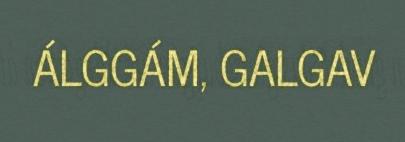
ÁLGGÁM, GALGAV